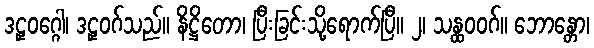
ဒဠှဝဂ္ဂေါ၊ ဒဠှဝဂ်သည်။ နိဋ္ဌိတော၊ ပြီးခြင်းသို့ရောက်ပြီ။ ၂၊ သန္ထဝဝဂ်။ ဘောန္တော၊